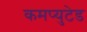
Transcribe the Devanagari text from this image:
कमप्युटेड